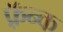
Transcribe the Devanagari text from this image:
फ़्रॅन्क